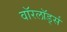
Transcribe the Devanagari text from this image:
वाॅरलाॅर्ड्स